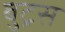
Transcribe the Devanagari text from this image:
बुट्रस